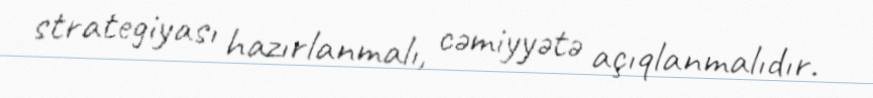
strategiyası hazırlanmalı, cəmiyyətə açıqlanmalıdır.